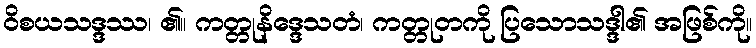
ဝိစယသဒ္ဒဿ၊ ၏။ ကတ္တုနိဒ္ဒေသတံ၊ ကတ္တုတကို ပြသောသဒ္ဒါ၏ အဖြစ်ကို။